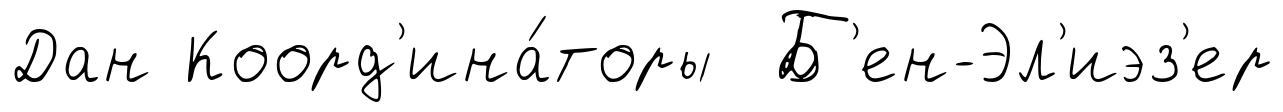
Дан Коорд'ина́торы Б'ен-Эл'иэз'ер